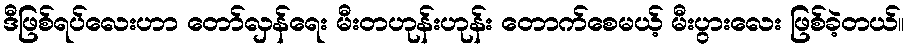
ဒီဖြစ်ရပ်လေးဟာ တော်လှန်ရေး မီးတဟုန်းဟုန်း တောက်စေမယ့် မီးပွားလေး ဖြစ်ခဲ့တယ်။